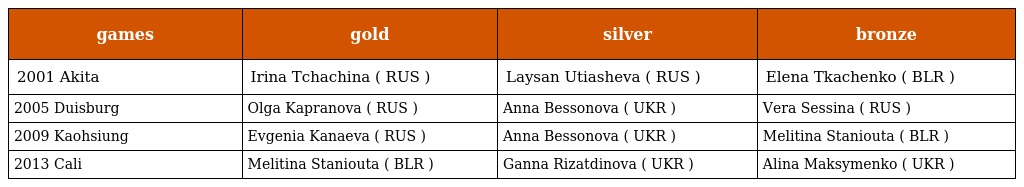
| games | gold | silver | bronze |
 | --- | --- | --- | --- |
 | 2001 Akita | Irina Tchachina ( RUS ) | Laysan Utiasheva ( RUS ) | Elena Tkachenko ( BLR ) |
 | 2005 Duisburg | Olga Kapranova ( RUS ) | Anna Bessonova ( UKR ) | Vera Sessina ( RUS ) |
 | 2009 Kaohsiung | Evgenia Kanaeva ( RUS ) | Anna Bessonova ( UKR ) | Melitina Staniouta ( BLR ) |
 | 2013 Cali | Melitina Staniouta ( BLR ) | Ganna Rizatdinova ( UKR ) | Alina Maksymenko ( UKR ) |